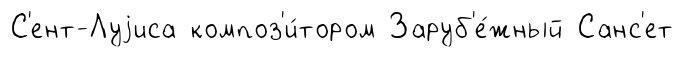
С'ент-Луjиса композ'и́тором Заруб'е́жный Санс'ет